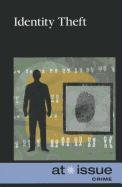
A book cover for Identity Theft (At Issue); Stefan Kiesbye; Teen & Young Adult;